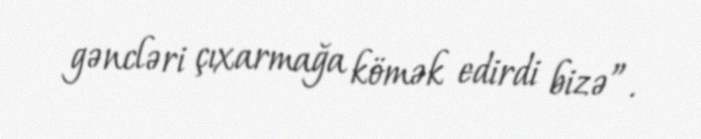
gəncləri çıxarmağa kömək edirdi bizə”.